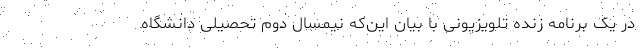
در یک برنامه زنده تلویزیونی با بیان این‌که نیمسال دوم تحصیلی دانشگاه